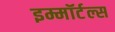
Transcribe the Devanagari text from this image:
इम्मॉर्टल्स